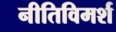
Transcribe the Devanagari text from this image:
नीतिविमर्श